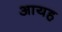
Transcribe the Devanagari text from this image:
आयह